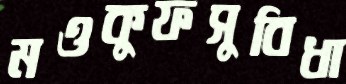
মওকুফসুবিধা